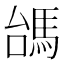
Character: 𩢠